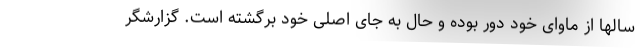
سالها از ماوای خود دور بوده و حال به جای اصلی خود برگشته است. گزارشگر